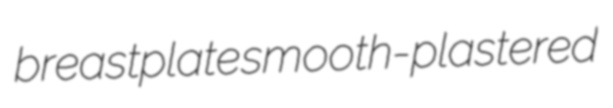
breastplate smooth-plastered